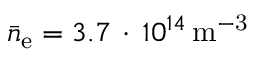
\bar { n } _ { \mathrm { e } } = 3 . 7 \, \cdot \, 1 0 ^ { 1 4 } \, \mathrm { { m } ^ { - 3 } }